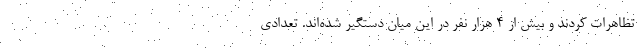
تظاهرات کردند و بیش از 4 هزار نفر در این میان دستگیر شده‌اند. تعدادی